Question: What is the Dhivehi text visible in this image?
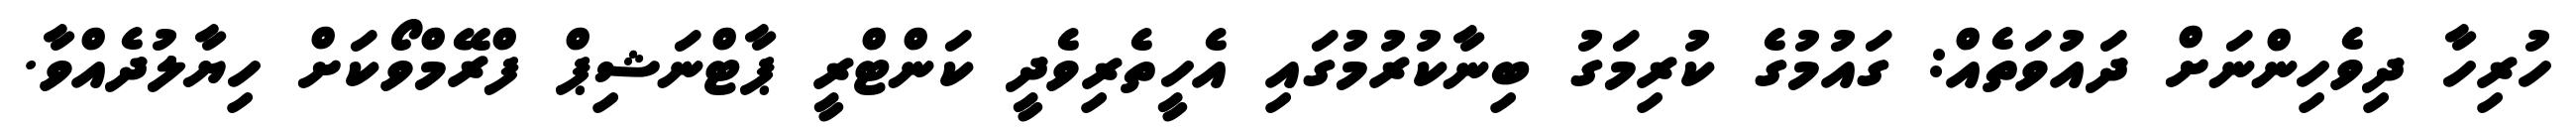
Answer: ހުރިހާ ދިވެހިންނަށް ދައުވަތެއް: ގައުމުގެ ކުރިމަގު ބިނާކުރުމުގައި އެހީތެރިވެދީ ކަންޓްރީ ޕާޓްނަޝިޕް ފްރޭމްވޯކަށް ހިޔާލުދެއްވާ.